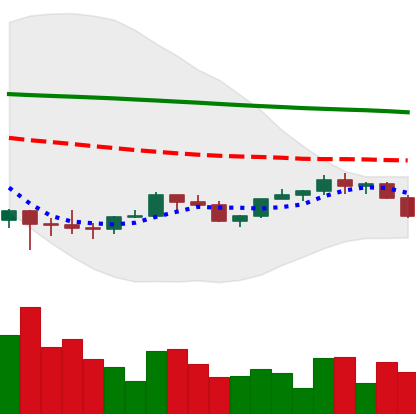
Ticker: LINK-USD
Chart end date: 2022-02-11
Forward return: 6.116%
Label: up_5_7